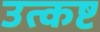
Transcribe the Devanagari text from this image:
उत्कष्ट